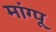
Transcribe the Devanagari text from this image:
मांग्पू